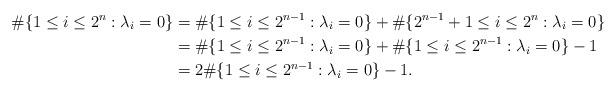
LaTeX: \begin{align*}\#\{1\leq i\leq 2^n: \lambda_i=0\}&=\#\{1\leq i\leq 2^{n-1}: \lambda_i=0\}+\#\{2^{n-1}+1\leq i\leq 2^n: \lambda_i=0\}\\& = \#\{1\leq i\leq 2^{n-1}: \lambda_i=0\} + \#\{1\leq i\leq 2^{n-1}: \lambda_i=0\} -1 \\&= 2\#\{1\leq i\leq 2^{n-1}: \lambda_i=0\} -1.\end{align*}